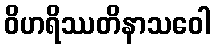
ဝိဟရိဿတိနာသဝေါ